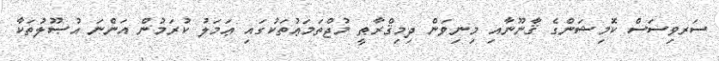
ސަރވިސަސް ކޮމިޝަންގެ ޤާނޫނާއި މިނިވަން ދިމިޤްރާޠީ މުޖްތަމަޢުތަކުގައި ޢަމަލު ކުރަމުން އަންނަ އުޞޫލުތަކާ